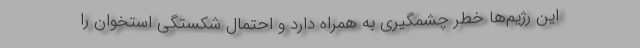
این رژیم‌ها خطر چشمگیری به همراه دارد و احتمال شکستگی استخوان را